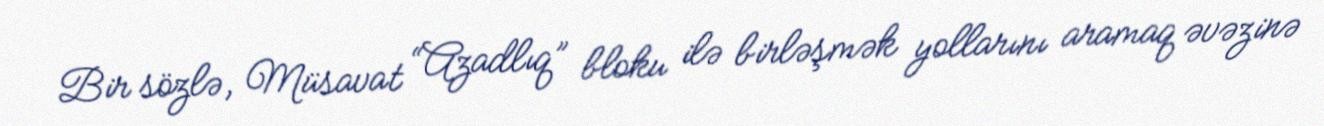
Bir sözlə, Müsavat “Azadlıq” bloku ilə birləşmək yollarını aramaq əvəzinə